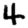
Digit: 4